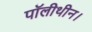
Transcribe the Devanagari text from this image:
पॉलीथीन।